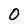
Character: 0